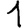
Digit: 1